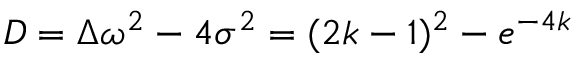
D = \Delta \omega ^ { 2 } - 4 \sigma ^ { 2 } = ( 2 k - 1 ) ^ { 2 } - e ^ { - 4 k }